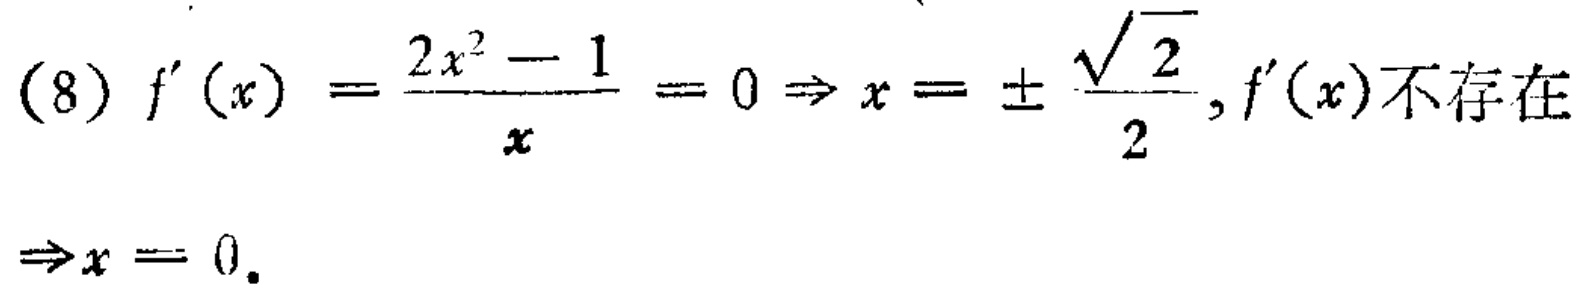
(8) \(f^{\prime}(x)=\frac{2x^{2}-1}{x}=0\Rightarrow x = \pm\frac{\sqrt{2}}{2}, f^{\prime}(x)\text{不存在}\Rightarrow x = 0\).